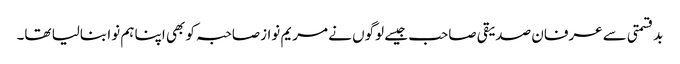
بدقسمتی سے عرفان صدیقی صاحب جیسے لوگوں نے مریم نوازصاحبہ کو بھی اپنا ہم نوا بنالیا تھا۔